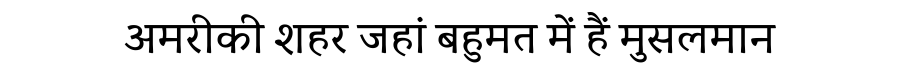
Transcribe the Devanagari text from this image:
अमरीकी शहर जहां बहुमत में हैं मुसलमान